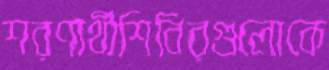
শরণার্থীশিবিরগুলোকে